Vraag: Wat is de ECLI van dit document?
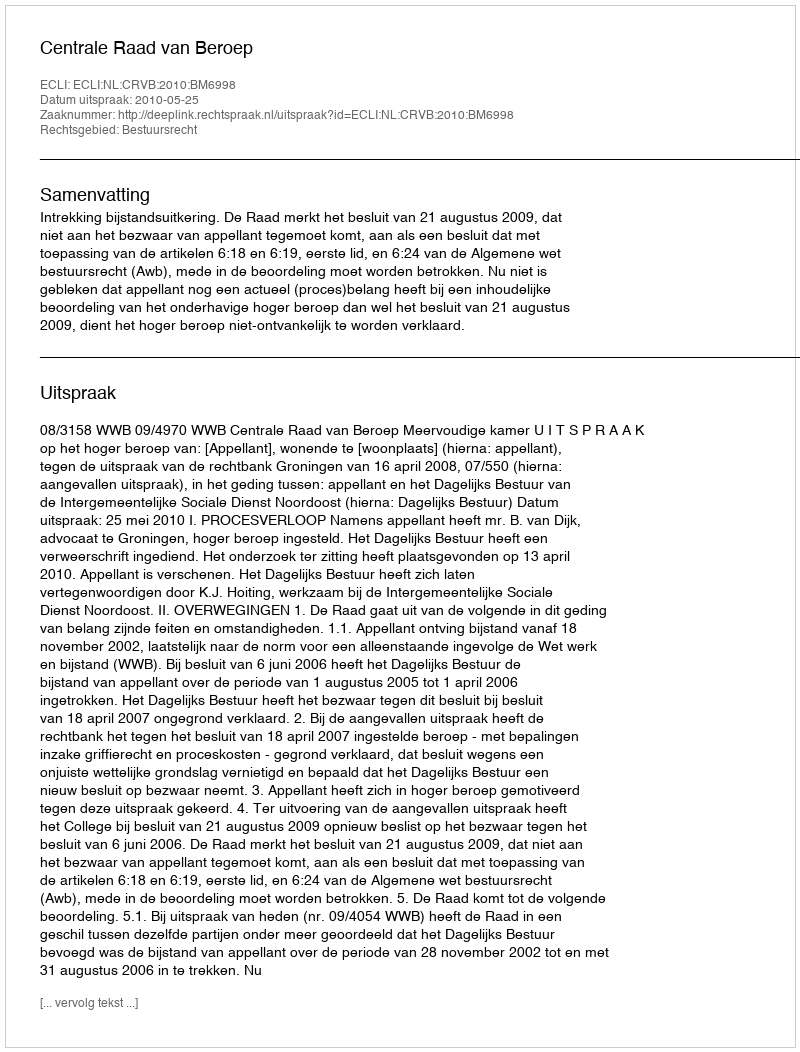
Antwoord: ECLI:NL:CRVB:2010:BM6998